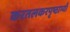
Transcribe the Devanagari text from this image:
करतलकरपृष्ठाभ्याँ